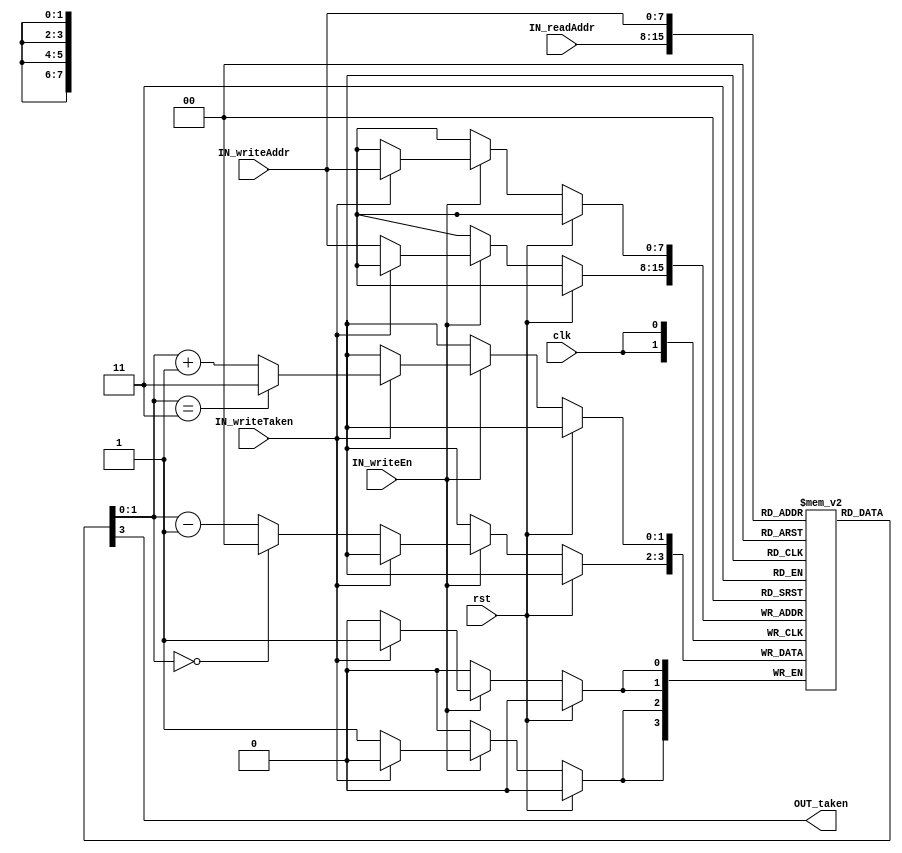
module BranchPredictionTable (
	clk,
	rst,
	IN_readAddr,
	OUT_taken,
	IN_writeEn,
	IN_writeAddr,
	IN_writeTaken
);
	parameter INDEX_LEN = 8;
	parameter NUM_COUNTERS = 1 << INDEX_LEN;
	input wire clk;
	input wire rst;
	input wire [INDEX_LEN - 1:0] IN_readAddr;
	output wire OUT_taken;
	input wire IN_writeEn;
	input wire [INDEX_LEN - 1:0] IN_writeAddr;
	input wire IN_writeTaken;
	integer i;
	reg [1:0] counters [NUM_COUNTERS - 1:0];
	assign OUT_taken = counters[IN_readAddr][1];
	always @(posedge clk)
		if (rst) begin
`ifdef __ICARUS__
			for (i = 0; i < NUM_COUNTERS; i = i + 1)
				counters[i] <= 2'b10;
`endif
		end
		else if (IN_writeEn)
			if (IN_writeTaken)
				counters[IN_writeAddr] <= (counters[IN_writeAddr] == 2'b11 ? 2'b11 : counters[IN_writeAddr] + 1);
			else
				counters[IN_writeAddr] <= (counters[IN_writeAddr] == 2'b00 ? 2'b00 : counters[IN_writeAddr] - 1);
endmodule